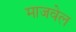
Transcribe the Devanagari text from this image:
माजवेल